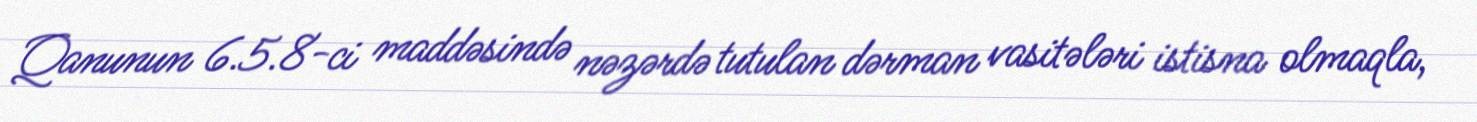
Qanunun 6.5.8-ci maddəsində nəzərdə tutulan dərman vasitələri istisna olmaqla,